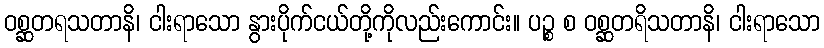
ဝစ္ဆတရသတာနိ၊ ငါးရာသော နွားပိုက်ငယ်တို့ကိုလည်းကောင်း။ ပဉ္စ စ ဝစ္ဆတရိသတာနိ၊ ငါးရာသော